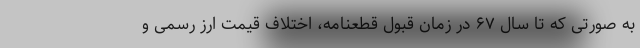
به صورتی که تا سال ۶۷ در زمان قبول قطعنامه، اختلاف قیمت ارز رسمی و